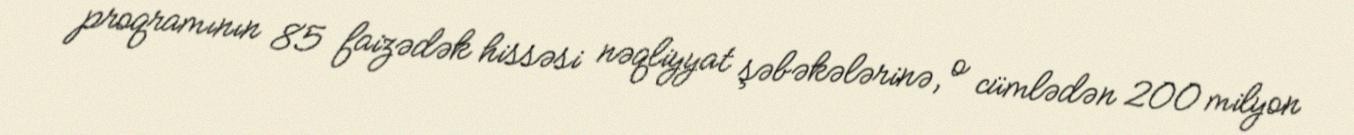
proqramının 85 faizədək hissəsi nəqliyyat şəbəkələrinə, o cümlədən 200 milyon